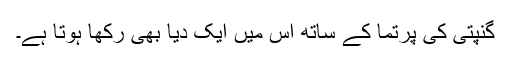
گنپتی کی پرتما کے ساتھ اس میں ایک دیا بھی رکھا ہوتا ہے۔